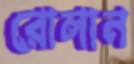
রোলান